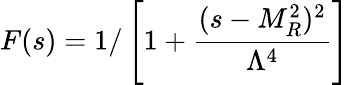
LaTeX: F(s)=1/\left[1+\frac{(s-M_{R}^{2})^{2}}{\Lambda^{4}}\right]